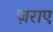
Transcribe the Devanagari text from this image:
ज़राए